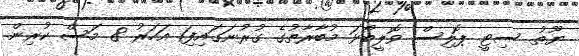
ޔޫތު ސިޓީ ޕޮލިސް ވޮލީބޯޅަ މުބާރާތުގެ ގުރުނަގައިފި1 އަހަރު 8 މަސް ކުރިން.